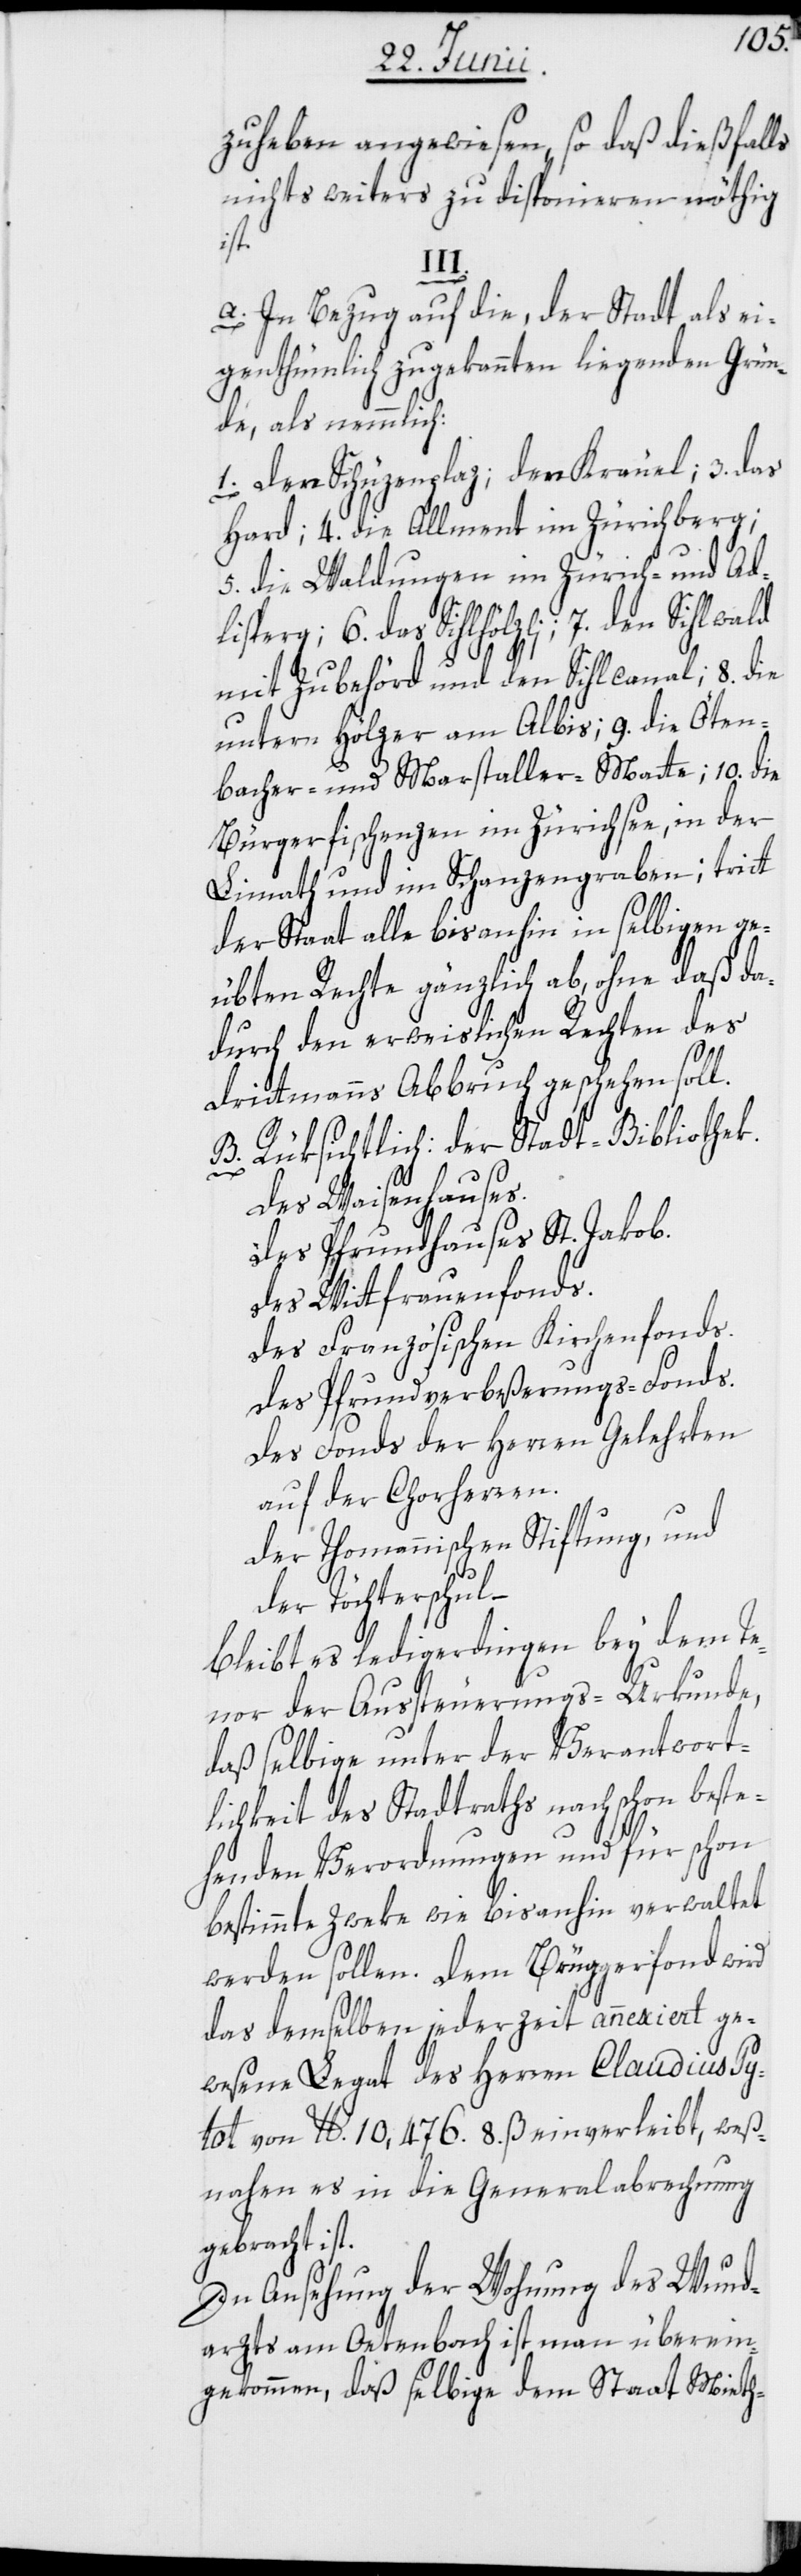
zuheben angewiesen, so daß dießfalls
nichts weiters zu disponieren nöthig
ist.
III.
a. In Bezug auf die, der Stadt als ei¬
genthümlich zugekannten liegenden Grün¬
de, als nemmlich:
1. Der Schüzenplaz; [2.] der Kräuel; 3. das
Hard; 4. die Allment im Zürichberg;
5. die Waldungen im Zürich- und Ad¬
lisperg; 6. das Sihlhölzli; 7. den Sihlwald
mit Zubehörd und den Sihlcanal; 8. die
untern Hölzer am Albis; 9. die Öten¬
bacher- und Marstaller-Matte; 10. die
Bürgerfischenzen im Zürichsee, in der
Limath und im Schanzengraben; tritt
der Staat alle bisanhin in selbigen ge¬
übten Rechte gänzlich ab, ohne daß da¬
durch den erweislichen Rechten des
Drittmanns Abbruch geschehen soll.
b.] Rüksichtlich: der Stadt-Bibliothek.
Des Waisenhauses.
Des Pfrundhauses St. Jakob.
Des Wittfrauenfonds.
Des Französischen Kirchenfonds.
Des Pfrundverbeßerungs-Fonds.
Des Fonds der Herren Gelehrten
auf der Chorherren.
Der Thomannischen Stiftung, und
Der Töchterschul –
bleibt es ledigerdingen bey dem Te¬
nor der Aussteuerungs-Urkunde,
daß selbige unter der Verantwort¬
lichkeit des Stadtraths nach schon beste¬
henden Verordnungen und für schon
bestimmte Zweke wie bisanhin verwaltet
werden sollen. Dem Brüggerfond wird
das demselben jederzeit annexiert ge¬
wesene Legat des Herrn Claudius Py¬
tot von lb. 10,476. 8. ß. einverleibt, weß¬
nahen es in die Generalabrechnung
gebracht ist.
In Ansehung der Wohnung des Wund¬
arzts am Oetenbach ist man überein¬
gekommen, daß selbige dem Staat Mieth-